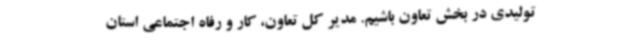
تولیدی در بخش تعاون باشیم. مدیر کل تعاون، کار و رفاه اجتماعی استان